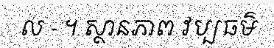
ល - ។ ស្ថានភាព វប្បធម៌